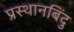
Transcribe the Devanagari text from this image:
प्रस्थानबिंदु